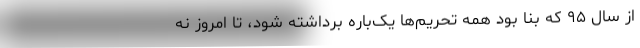
از سال ۹۵ که بنا بود همه تحریم‌ها یک‌باره برداشته شود، تا امروز نه